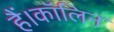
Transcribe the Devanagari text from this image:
हैं।कॉलिन